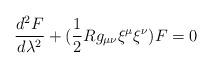
LaTeX: \begin{align*}\frac{d^2 F}{d\lambda^{2}} + (\frac{1}{2}Rg_{\mu\nu}{\xi}^{\mu}{\xi}^{\nu} ) F = 0\end{align*}